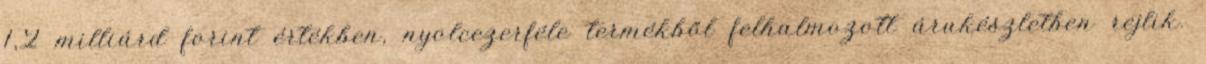
1,2 milliárd forint értékben, nyolcezerféle termékből felhalmozott árukészletben rejlik.